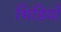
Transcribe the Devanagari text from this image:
भिडियो